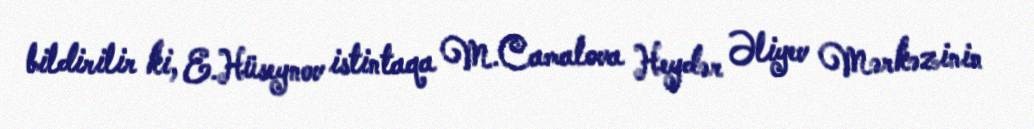
bildirilir ki, E.Hüseynov istintaqa M.Camalova Heydər Əliyev Mərkəzinin